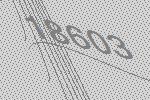
18603